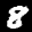
Label: 8